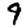
Digit: 9